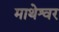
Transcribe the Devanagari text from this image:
माथेश्वर